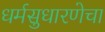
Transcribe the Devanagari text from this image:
धर्मसुधारणेचा